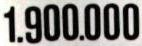
1.900.000